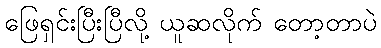
ဖြေရှင်းပြီးပြီလို့ ယူဆလိုက် တော့တာပဲ